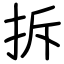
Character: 拆